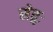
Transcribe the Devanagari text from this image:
सेतुः